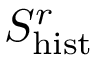
S _ { \mathrm { h i s t } } ^ { r }